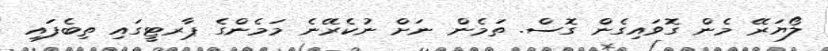
ލޯޔަރޭ މެން ގޮވައިގެން ގޮސް. ތަމެން ނަށް ނުކެރޭނެ މަމެންގެ ޕާރޓީގައި ތިބެފައި